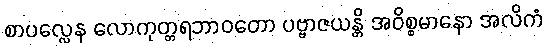
စာပလ္လေန လောကုတ္တရဘာဝတော ပဗ္ဗာဇယန္တိ အဝိစ္စမာနော အလိကံ